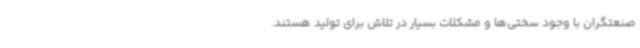
صنعتگران با وجود سختی‌ها و مشکلات بسیار در تلاش برای تولید هستند.